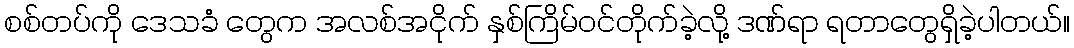
စစ်တပ်ကို ဒေသခံ တွေက အလစ်အငိုက် နှစ်ကြိမ်ဝင်တိုက်ခဲ့လို့ ဒဏ်ရာ ရတာတွေရှိခဲ့ပါတယ်။